Indian journal of veterinary science and animal husbandry - Volumes 18-21, 1948-1951
Year: 1948
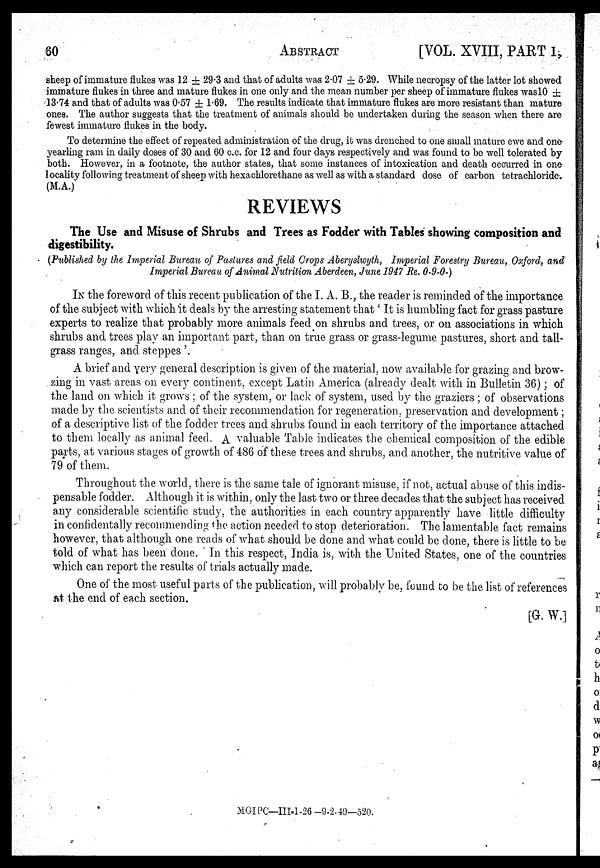
60
ABSTRACT
[VOL. XVIII, PART 1,
sheep of immature flukes was 12 ± 29.3 and that of adults was 2.07 ± 5.29. While necropsy of the latter lot showed
immature flukes in three and mature flukes in one only and the mean number per sheep of immature flukes was10 ±
13.74 and that of adults was 0.57 ± 1.69. The results indicate that immature flukes are more resistant than mature
ones. The author suggests that the treatment of animals should be undertaken during the season when there are
fewest immature flukes in the body.
To determine the effect of repeated administration of the drug, it was drenched to one small mature ewe and one
yearling ram in daily doses of 30 and 60 c.c. for 12 and four days respectively and was found to be well tolerated by
both. However, in a footnote, the author states, that some instances of intoxication and death occurred in one
locality following treatment of sheep with hexachlorethane as well as with a standard dose of carbon tetrachloride.
(M.A.)
REVIEWS
The Use and Misuse of Shrubs and Trees as Fodder with Tables showing composition and
digestibility.
(Published by the Imperial Bureau of Pastures and field Crops Aberyslwyth, Imperial Forestry Bureau, O
Imperial Bureau of Animal Nutrition Aberdeen, June 1947 Re. 0-9-0-)
IN the foreword of this recent publication of the I. A. B., the reader is reminded of the importance
of the subject with which it deals by the arresting statement that ' It is humbling fact for grass pasture
experts to realize that probably more animals feed on shrubs and trees, or on associations in which
shrubs and trees play an important part, than on true grass or grass-legume pastures, short and tall-
grass ranges, and steppes '.
A brief and very general description is given of the material, now available for grazing and brow-
zing in vast areas on every continent, except Latin America (already dealt with in Bulletin 36) ; of
the land on which it grows ; of the system, or lack of system, used by the graziers ; of observations
made by the scientists and of their recommendation for regeneration, preservation and development;
of a descriptive list of the fodder trees and shrubs found in each territory of the importance attached
to them locally as animal feed. A valuable Table indicates the chemical composition of the edible
parts, at various stages of growth of 486 of these trees and shrubs, and another, the nutritive value of
79 of them.
Throughout the world, there is the same tale of ignorant misuse, if not, actual abuse of this indis-
pensable fodder. Although it is within, only the last two or three decades that the subject has received
any considerable scientific study, the authorities in each country apparently have little difficulty
in confidentally recommending the action needed to stop deterioration. The lamentable fact remains
however, that although one reads of what should be done and what could be done, there is little to be
told of what has been done. In this respect, India is, with the United States, one of the countries
which can report the results of trials actually made.
One of the most useful parts of the publication, will probably be, found to be the list of references
at the end of each section.
[G. W.]
MGIPC—III-I.26 -9.2.49—520.